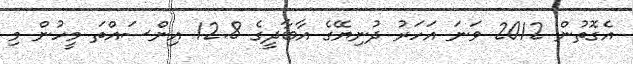
އެގޮތުން 2012 ވަނަ އަހަރު ދުނިޔޭގެ އާބާދީގެ 12.8 އިންސައްތަ މީހުން މި